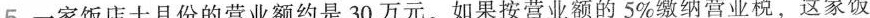
5.一家饭店十月份的营业额约是30万元。如果按营业额的5\%缴纳营业税，这家饭